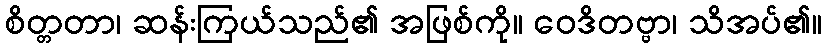
စိတ္တတာ၊ ဆန်းကြယ်သည်၏ အဖြစ်ကို။ ဝေဒိတဗ္ဗာ၊ သိအပ်၏။